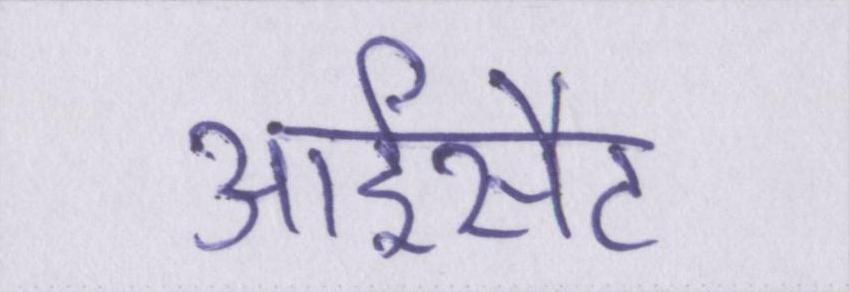
आईसैट